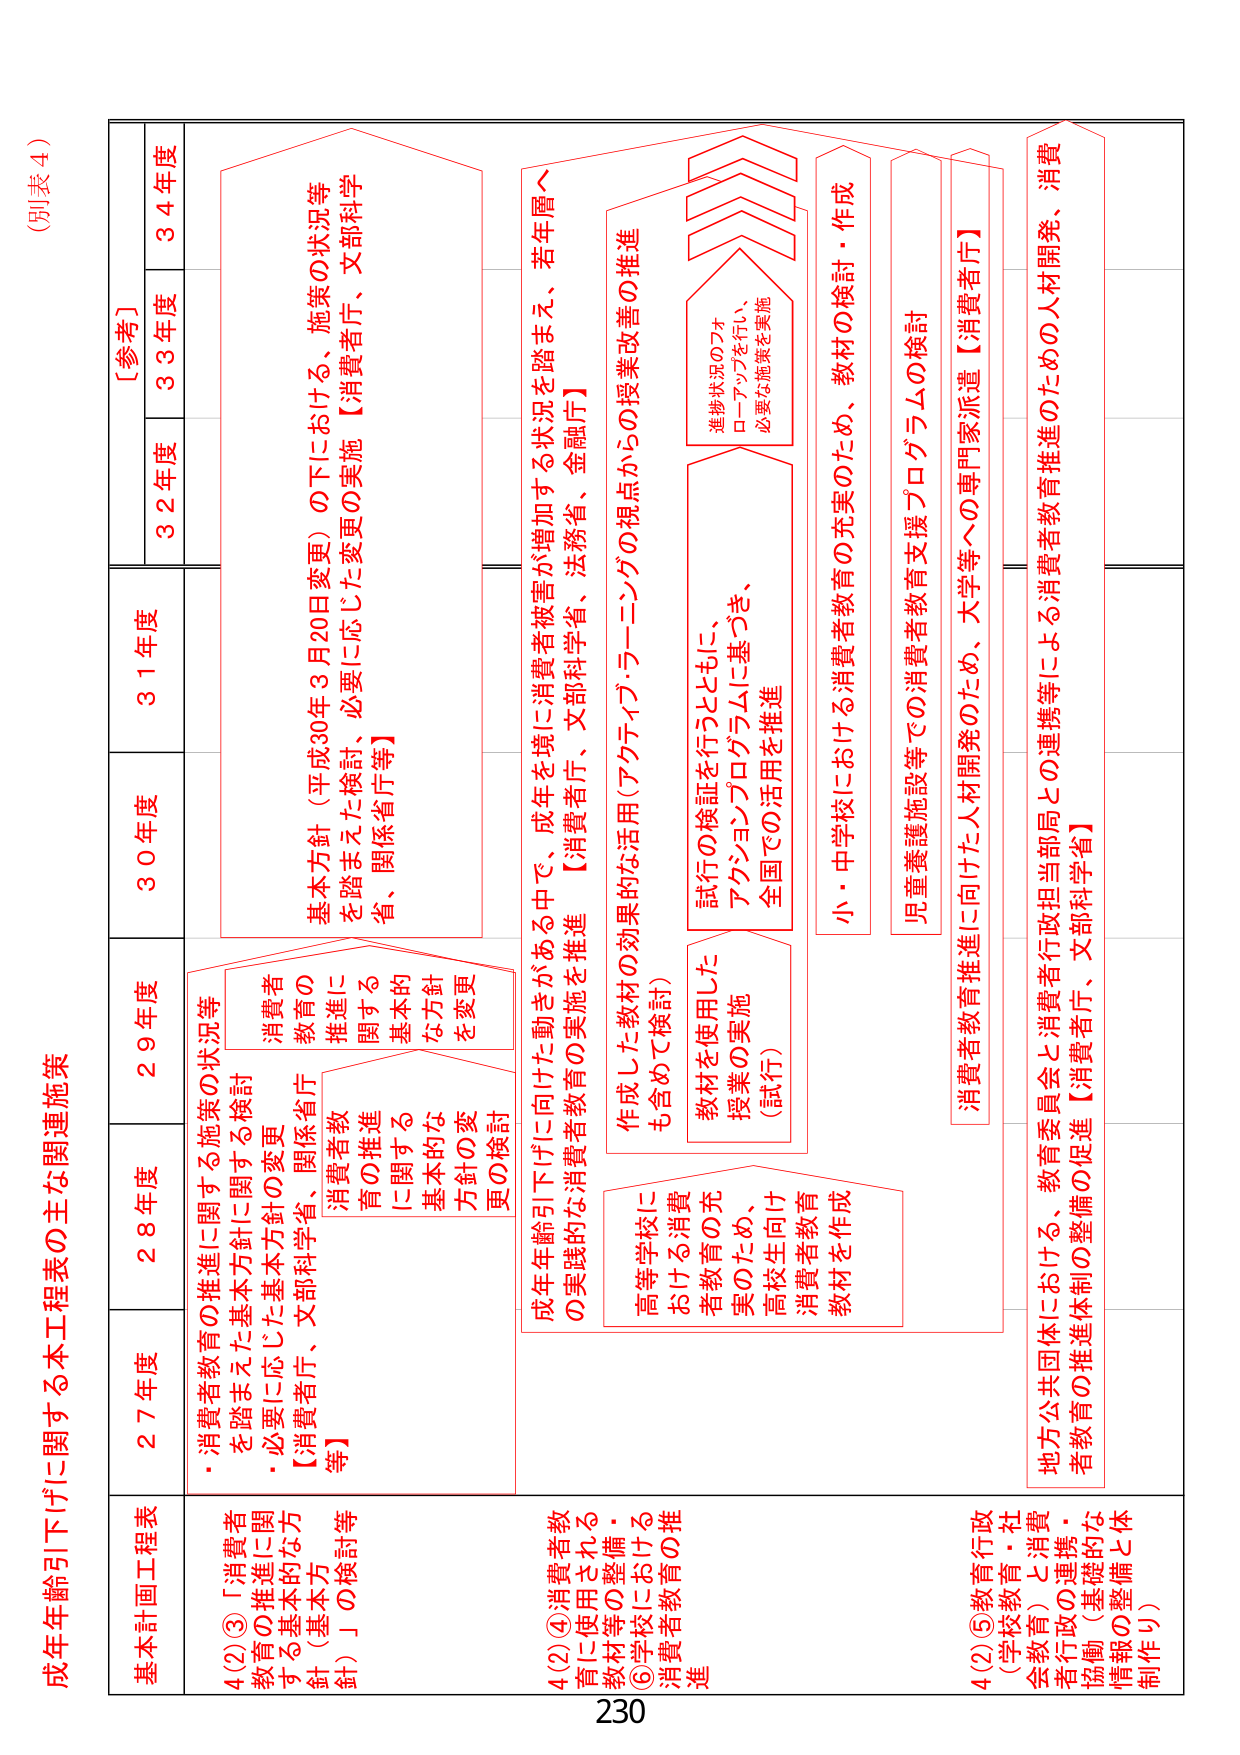
(別表４)

成年年齢引下げに関する本工程表の主な関連施策

基本計画工程表
27年度
28年度
29年度
30年度
31年度
32年度
33年度
34年度
[参考]

4(2)③「消費者教育の推進に関する基本方針」の検討
・消費者教育の推進に関する施策の状況等を踏まえた基本方針に関する検討
・必要に応じた基本方針の変更
【消費者庁、文部科学省、関係省庁等】

4(2)④消費者教育に使用される教材等の整備・学校における消費者教育の推進
・成年年齢引下げに向けた動きがある中で、成年を境に消費者被害が増加する状況を踏まえ、若年層への実践的な消費者教育の実施を推進【消費者庁、文部科学省、法務省、金融庁】
・基本方針（平成30年3月20日変更）の下における、施策の状況等を踏まえた検討、必要に応じた変更の実施【消費者庁、文部科学省、関係省庁等】
・高等学校における消費者教育の充実のため、高校生向け消費者教育教材を作成
・作成した教材の効果的な活用（アクティブラーニングの視点からの授業改善の推進）も含めて検討）
・教材を使用した授業の実施（試行）
・試行の検証を行うとともに、アクションプログラムに基づき、全国での活用を推進
・進捗状況のフォローアップを行い、必要な施策を実施

4(2)⑤教育行政（学校教育・社会教育）と消費者教育の連携・協働（基礎的な情報の整備と体制作り）
・小・中学校における消費者教育の充実のため、教材の検討・作成
・児童養護施設等での消費者教育支援プログラムの検討
・消費者教育推進に向けた人材開発のため、大学等への専門家派遣【消費者庁】
・地方公共団体における、教育委員会と消費者行政担当部局との連携等による消費者教育推進のための人材開発、消費者教育の推進体制の整備の促進【消費者庁、文部科学省】

230